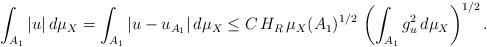
LaTeX: \begin{align*}\int_{A_1}|u|\, d\mu_X=\int_{A_1}|u-u_{A_1}|\, d\mu_X\le C\, H_R\, \mu_X(A_1)^{1/2}\, \left(\int_{A_1}g_u^2\, d\mu_X\right)^{1/2}.\end{align*}